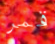
قمر